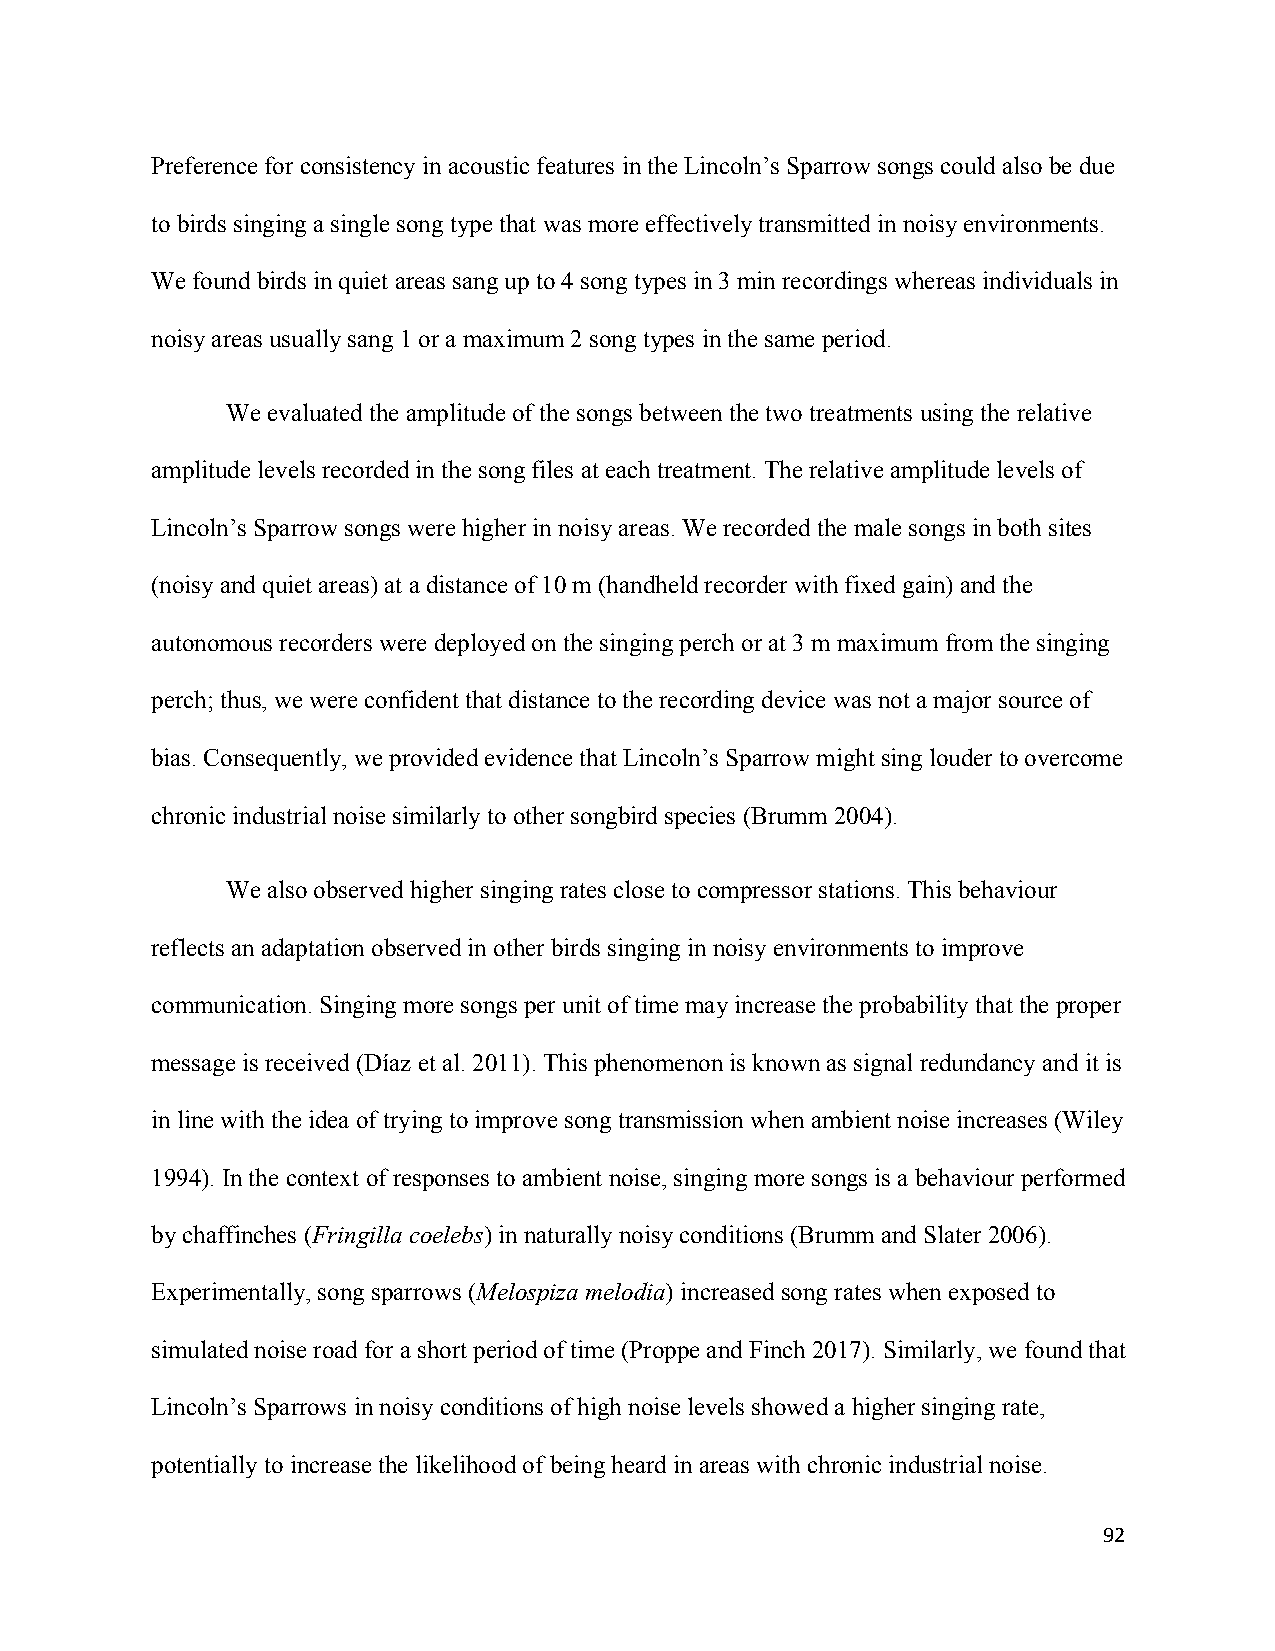
Preference for consistency in acoustic features in the Lincoln’s Sparrow songs could also be due
 to birds singing a single song type that was more effectively transmitted in noisy environments.
 We found birds in quiet areas sang up to 4 song types in 3 min recordings whereas individuals in
 noisy areas usually sang 1 or a maximum 2 song types in the same period.
 We evaluated the amplitude of the songs between the two treatments using the relative
 amplitude levels recorded in the song files at each treatment. The relative amplitude levels of
 Lincoln’s Sparrow songs were higher in noisy areas. We recorded the male songs in both sites
 (noisy and quiet areas) at a distance of 10 m (handheld recorder with fixed gain) and the
 autonomous recorders were deployed on the singing perch or at 3 m maximum from the singing
 perch; thus, we were confident that distance to the recording device was not a major source of
 bias. Consequently, we provided evidence that Lincoln’s Sparrow might sing louder to overcome
 chronic industrial noise similarly to other songbird species (Brumm 2004).
 We also observed higher singing rates close to compressor stations. This behaviour
 reflects an adaptation observed in other birds singing in noisy environments to improve
 communication. Singing more songs per unit of time may increase the probability that the proper
 message is received (Díaz et al. 2011). This phenomenon is known as signal redundancy and it is
 in line with the idea of trying to improve song transmission when ambient noise increases (Wiley
 1994). In the context of responses to ambient noise, singing more songs is a behaviour performed
 by chaffinches (Fringilla coelebs) in naturally noisy conditions (Brumm and Slater 2006).
 Experimentally, song sparrows (Melospiza melodia) increased song rates when exposed to
 simulated noise road for a short period of time (Proppe and Finch 2017). Similarly, we found that
 Lincoln’s Sparrows in noisy conditions of high noise levels showed a higher singing rate,
 potentially to increase the likelihood of being heard in areas with chronic industrial noise.
 92